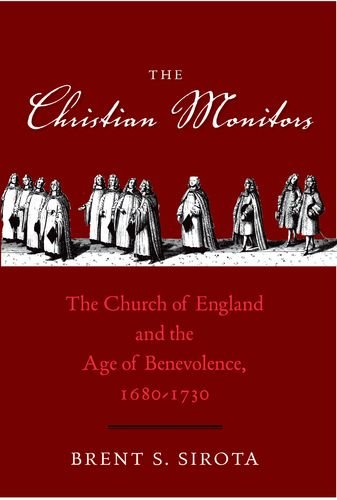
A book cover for The Christian Monitors: The Church of England and the Age of Benevolence, 1680-1730 (The Lewis Walpole Series in Eighteenth-C); Brent S. Sirota; Christian Books & Bibles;